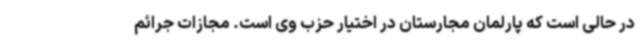
در حالی است که پارلمان مجارستان در اختیار حزب وی است. مجازات جرائم